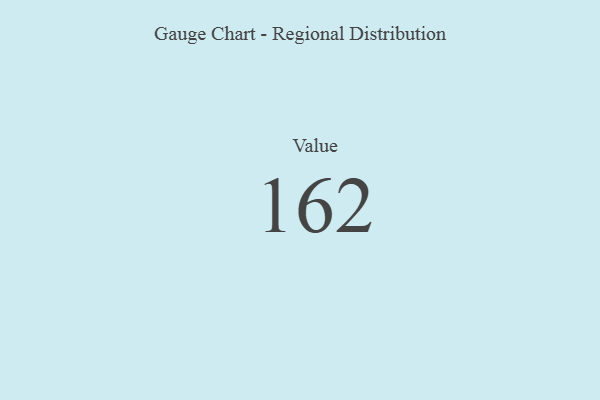
{"axis": {"x": "Metric", "y": "Value"}, "legend": [""], "data": [{"x": "Value", "y": 162, "type": ""}]}